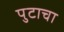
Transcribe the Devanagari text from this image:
पुटाचा